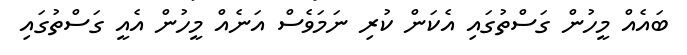
ބައެއް މީހުން ގަސްތުގައި އެކަން ކުރި ނަމަވެސް އަނެއް މީހުން އެއީ ގަސްތުގައި